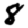
Digit: 8